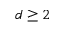
d \geq 2